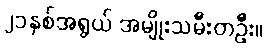
၂၁နှစ်အရွယ် အမျိုးသမီးတဦး။